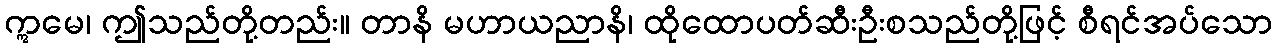
ဣမေ၊ ဤသည်တို့တည်း။ တာနိ မဟာယညာနိ၊ ထိုထောပတ်ဆီးဦးစသည်တို့ဖြင့် စီရင်အပ်သော